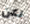
لكن